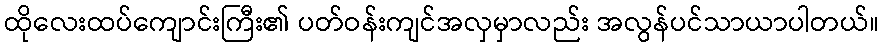
ထိုလေးထပ်ကျောင်းကြီး၏ ပတ်ဝန်းကျင်အလှမှာလည်း အလွန်ပင်သာယာပါတယ်။